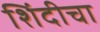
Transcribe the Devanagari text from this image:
शिंदीचा